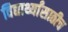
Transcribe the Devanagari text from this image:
विद्यार्थ्यांसाठीच